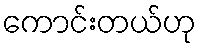
ကောင်းတယ်ဟု